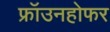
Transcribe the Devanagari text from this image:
फ्रॉउनहोफर